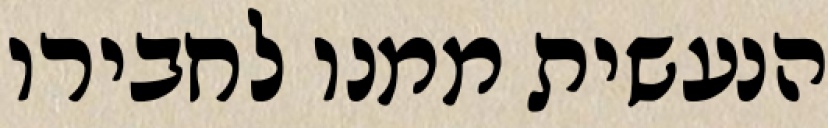
הנעשית ממנו לחבירו